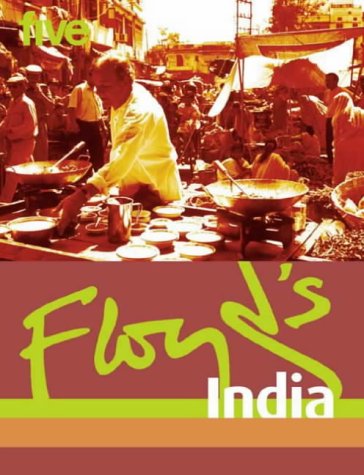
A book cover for Floyd's India; Keith Floyd; Cookbooks, Food & Wine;